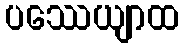
ပဿေယျာထ